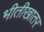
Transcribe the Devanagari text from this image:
भीतीखातर